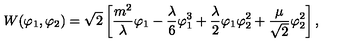
{ W } ( \varphi _ { 1 } , \varphi _ { 2 } ) = \sqrt { 2 } \left[ \frac { m ^ { 2 } } { \lambda } \varphi _ { 1 } - \frac { \lambda } { 6 } \varphi _ { 1 } ^ { 3 } + \frac { \lambda } { 2 } \varphi _ { 1 } \varphi _ { 2 } ^ { 2 } + \frac { \mu } { \sqrt { 2 } } \varphi _ { 2 } ^ { 2 } \right] ,